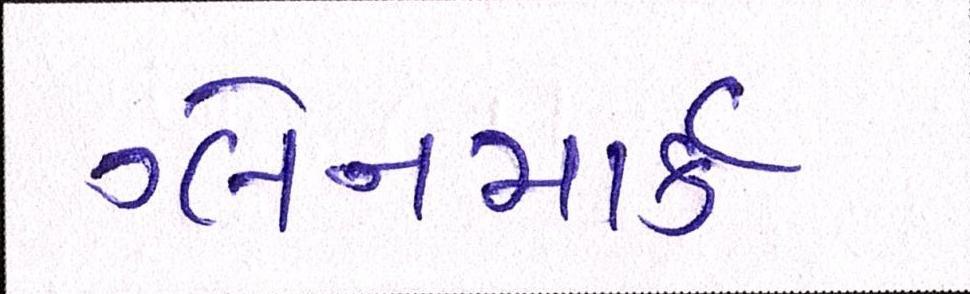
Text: ગ્લેનમાર્ક